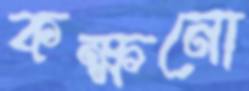
কক্ষনো